Scottish Leaving Certificate Examination, 1955
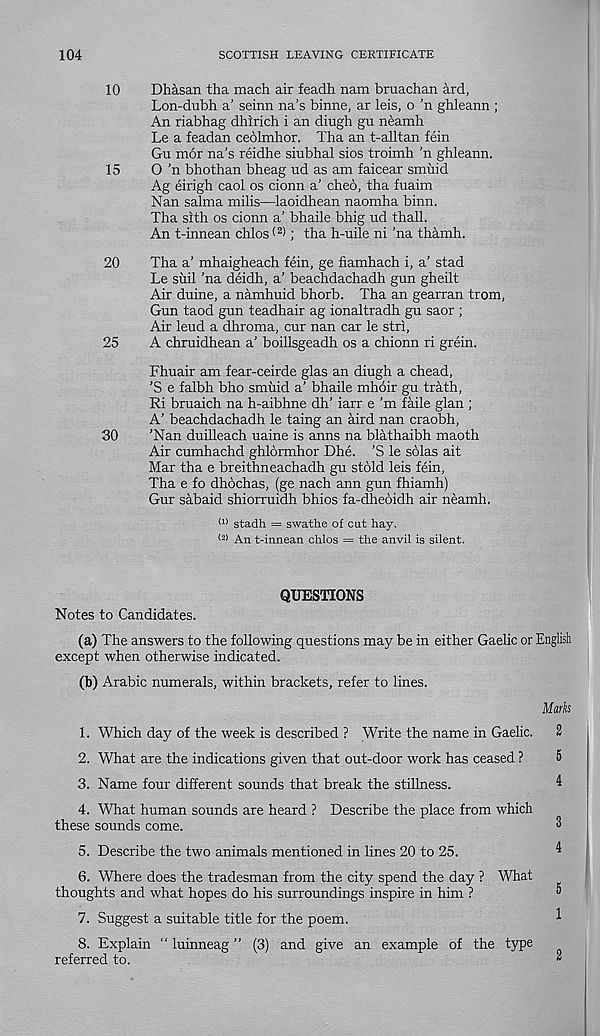
104
SCOTTISH LEAVING CERTIFICATE
10
Dhasan tha mach air feadh nam bruachan ard,
Lon-dubh a’ seinn na’s binne, ar leis, o 'n ghleann ;
An riabhag dhirich i an diugh gu neamh
Le a feadan ceblmhor. Tha an t-alltan fein
Gu mor na’s reidhe siubhal sios troimh ’n ghleann.
15
O 'n bhothan bheag ud as am faicear smuid
Ag eirigh caol os cionn a’ cheo, tha fuaim
Nan salma milis—laoidhean naomha binn.
Tha sith os cionn a’ bhaile bhig ud thall.
An t-innean chlos < 2 ); tha h-uile ni ’na thamh.
20
Tha a’ mhaigheach fein, ge fiamhach i, a’ stad
Le suil ’na deidh, a’ beachdachadh gun gheilt
Air duine, a namhuid bhorb. Tha an gearran trom,
Gun taod gun teadhair ag ionaltradh gu saor ;
Air leud a dhroma, cur nan car le stri,
25
A chruidhean a’ boillsgeadh os a chionn ri grein.
Fhuair am fear-ceirde glas an diugh a chead,
’S e falbh bho smiiid a’ bhaile mhoir gu trath,
Ri bruaich na h-aibhne dh’ iarr e’m faile glan ;
A’ beachdachadh le taing an aird nan craobh,
30
’Nan duilleach uaine is anns na blathaibh maoth
Air cumhachd ghlormhor Dhe. ’S le solas ait
Mar tha e breithneachadh gu stold leis fein,
Tha e fo dhochas, (ge nach ann gun fhiamh)
Gur sabaid shiorruidh bhios fa-dheoidh air neamh.
(1) stadh = swathe of cut hay.
<2) An t-innean chlos = the anvil is silent.
QUESTIONS
Notes to Candidates.
(a) The answers to the following questions may be in either Gaelic or English
except when otherwise indicated.
(b) Arabic numerals, within brackets, refer to lines.
Marks
1. Which day of the week is described ? Write the name in Gaelic. 2
2. What are the indications given that out-door work has ceased ?
5
3. Name four different sounds that break the stillness.
4
4. What human sounds are heard ? Describe the place from which
these sounds come.
8
5. Describe the two animals mentioned in lines 20 to 25.
4
6. Where does the tradesman from the city spend the day ? What
thoughts and what hopes do his surroundings inspire in him ?
®
7. Suggest a suitable title for the poem.
1
8. Explain “ luinneag ” (3) and give an example of the type
referred to.
*